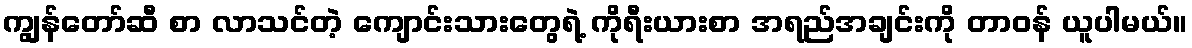
ကျွန်တော်ဆီ စာ လာသင်တဲ့ ကျောင်းသားတွေရဲ့ ကိုရီးယားစာ အရည်အချင်းကို တာဝန် ယူပါမယ်။